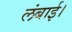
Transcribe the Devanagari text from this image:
लंबाई।